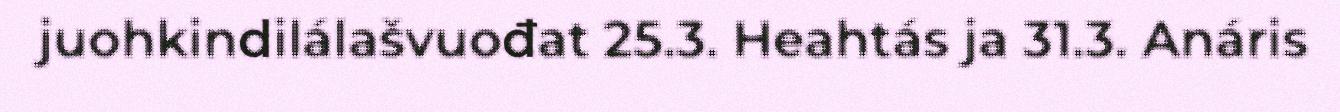
juohkindilálašvuođat 25.3. Heahtás ja 31.3. Anáris